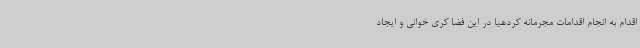
اقدام به انجام اقدامات مجرمانه کردهیا در این فضا کری خوانی و ایجاد